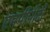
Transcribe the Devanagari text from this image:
एमपीपीटी